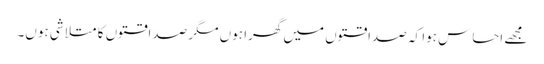
مجھے احساس ہوا کہ صداقتوں میں گھرا ہوں مگر صداقتوں کا متلاشی ہوں۔